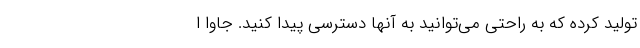
تولید کرده که به راحتی می‌توانید به آنها دسترسی پیدا کنید. جاوا ا